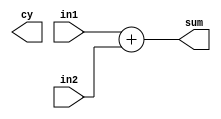
module op2adder
#(parameter N = 8)
(
	input wire [N-1:0] in1,
	input wire [N-1:0] in2,
	output wire [N-1:0] sum,
	output wire cy
);

assign sum = in1 + in2;

endmodule